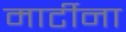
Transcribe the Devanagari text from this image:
मार्टीना